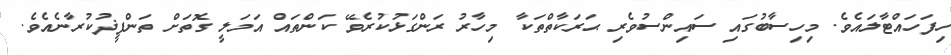
ހިފަހައްޓާލައެވެ. މިހިސާބުގައި ސައިންސުވެރި ޙަރަކާތްތަކާ މިހާރު ރަންގަޅުކުރެވޭ ކަންތައް އަމަލީ ގޮތަށް ތަންފީޛުކުރާނެއެވެ.